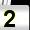
Digit: 2